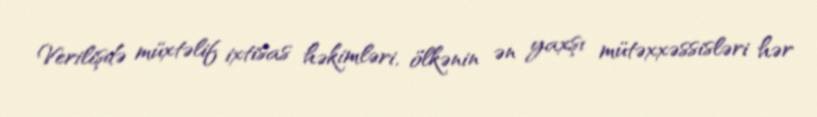
Verilişdə müxtəlif ixtisas həkimləri, ölkənin ən yaxşı mütəxxəssisləri hər